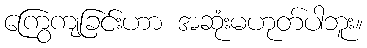
ကြွေကျခြင်းဟာ အဆုံးမဟုတ်ပါဘူး။